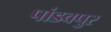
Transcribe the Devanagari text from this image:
पांडवपुर